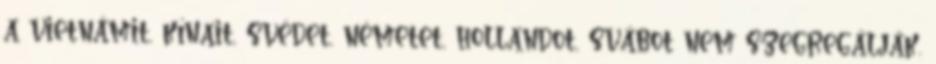
a vietnámit, kínait, svédet, németet, hollandot, svábot nem szegregálják.